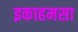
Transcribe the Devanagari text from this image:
इकाहमसा